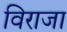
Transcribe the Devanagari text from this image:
विराजा